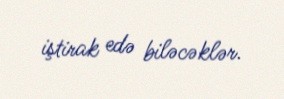
iştirak edə biləcəklər.